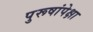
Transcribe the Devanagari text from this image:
पुरूषांपेक्षा